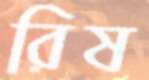
রিষ